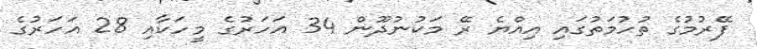
ފޭރުމުގެ ތުހުމަތުގައި އިއްޔެ ރޭ މަކުނުދޫން 34 އަހަރުގެ މީހަކާއި 28 އަހަރުގެ